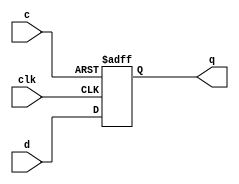
module fj_dff_ec(q, d, clk, c);
output q; 
input  d, clk, c;
       reg  q;
	always @(posedge clk or posedge c) begin
		if (c)
	          	q <= #1 1'b0;
		else
                  	q <= #1 d;
        end
endmodule